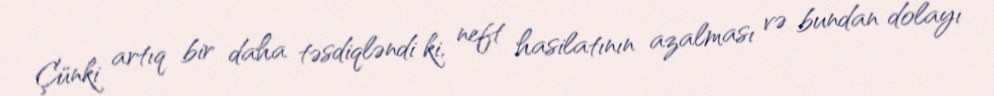
Çünki artıq bir daha təsdiqləndi ki, neft hasilatının azalması və bundan dolayı